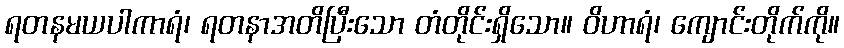
ရတနမယပါကာရံ၊ ရတနာအတိပြီးသော တံတိုင်းရှိသော။ ဝိဟာရံ၊ ကျောင်းတိုက်ကို။